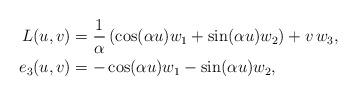
LaTeX: \begin{align*}L(u,v) &= \frac{1}{\alpha}\left(\cos(\alpha u) w_1 + \sin(\alpha u) w_2\right) + v\,w_3,\\e_3(u,v) &= -\cos(\alpha u) w_1 - \sin(\alpha u) w_2,\end{align*}